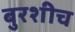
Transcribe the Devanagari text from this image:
बुरशीच